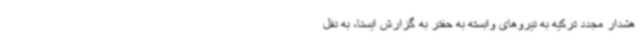
هشدار مجدد ترکیه به نیروهای وابسته به حفتر به گزارش ایسنا، به نقل